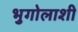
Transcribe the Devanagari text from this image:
भुगोलाशी